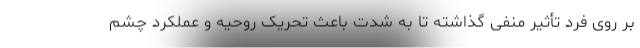
بر روی فرد تأثیر منفی گذاشته تا به شدت باعث تحریک روحیه و عملکرد چشم